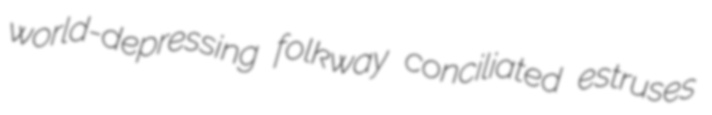
world-depressing folkway conciliated estruses